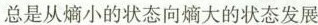
总是从熵小的状态向熵大的状态发展